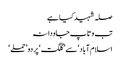
صلہ شہید کیا ہے
تب وتاپ جاودانہ
اسلام آباد‘ سے ’گلگت‘ پر دو ’حملے ‘